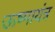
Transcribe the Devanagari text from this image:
ऊष्मायंत्र